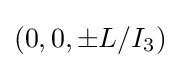
(0,0,\pm L/I_{3})